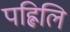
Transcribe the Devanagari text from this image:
पह्लिलि